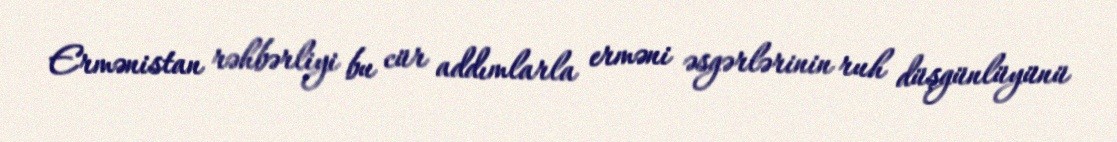
Ermənistan rəhbərliyi bu cür addımlarla erməni əsgərlərinin ruh düşgünlüyünü